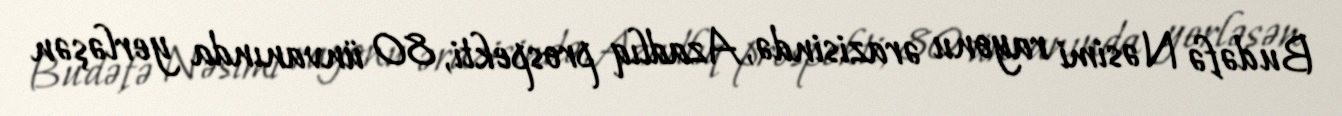
Bu dəfə Nəsimi rayonu ərazisində, Azadlıq prospekti, 80 ünvanında yerləşən